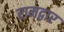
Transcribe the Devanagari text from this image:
रामद्वार